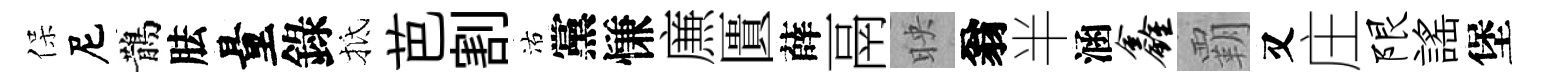
保尼鵲胠量錄抵芭割沽黨慊㢘匱薛鬲映翁半涵鑫覇又庄限謡堡